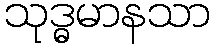
သုဒ္ဓမာနသာ